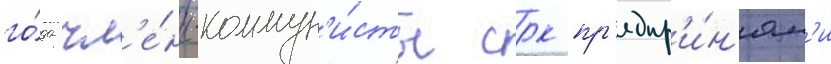
го́да чл'е́ны-коммун'и́сты срк пр'едпр'и́н'ял'и